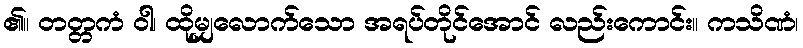
၏။ တတ္တကံ ဝါ၊ ထိုမျှလောက်သော အရပ်တိုင်အောင် လည်းကောင်း။ ကသိဏံ၊